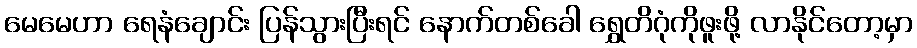
မေမေဟာ ရေနံချောင်း ပြန်သွားပြီးရင် နောက်တစ်ခေါ ရွှေတိဂုံကိုဖူးဖို့ လာနိုင်တော့မှာ